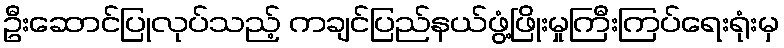
ဦးဆောင်ပြုလုပ်သည့် ကချင်ပြည်နယ်ဖွံ့ဖြိုးမှုကြီးကြပ်ရေးရုံးမှ